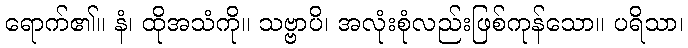
ရောက်၏။ နံ၊ ထိုအသံကို။ သဗ္ဗာပိ၊ အလုံးစုံလည်းဖြစ်ကုန်သော။ ပရိသာ၊